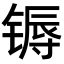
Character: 𬭦